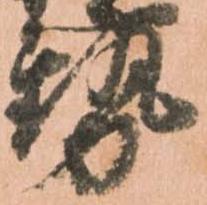
勢